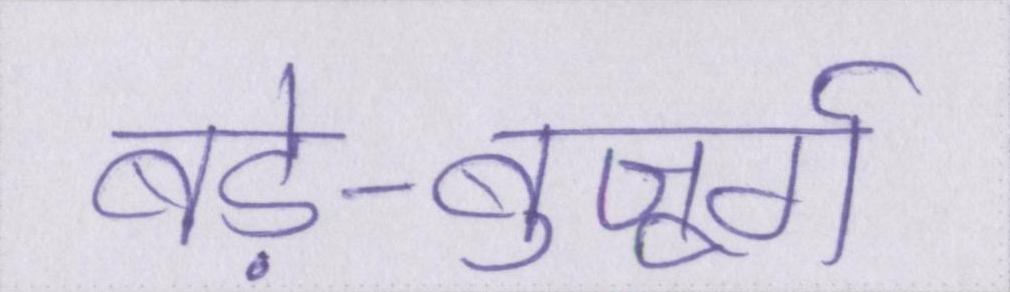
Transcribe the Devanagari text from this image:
बड़े-बुजूर्ग